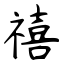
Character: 禧